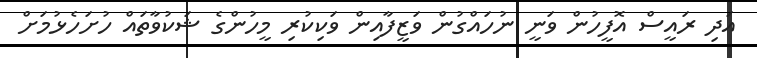
އަދި ރައީސް އޮފީހުން ވަނީ ނުހައްގުން ވަޒީފާއިން ވަކިކުރި މީހުންގެ ޝަކުވާތައް ހުށަހެޅުމަށް